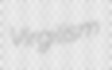
Virgilism